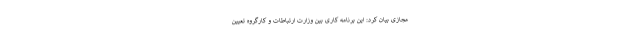
مجازی بیان کرد: این برنامه کاری بین وزارت ارتباطات و کارگروه تعیین